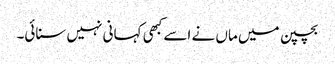
بچپن میں ماں نے اسے کبھی کہانی نہیں سنائی۔